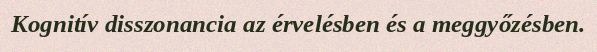
Kognitív disszonancia az érvelésben és a meggyőzésben.